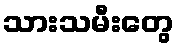
သားသမီးတွေ